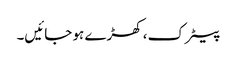
پیٹرک، کھڑے ہو جائیں۔